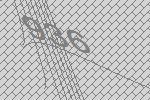
936